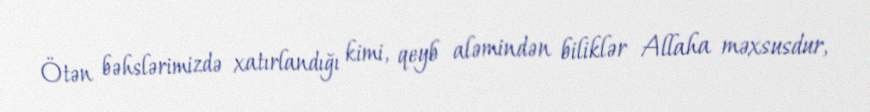
Ötən bəhslərimizdə xatırlandığı kimi, qeyb aləmindən biliklər Allaha məxsusdur,